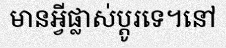
មានអ្វីផ្លាស់ប្តូរទេ។នៅ